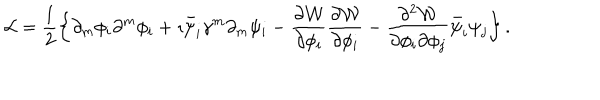
LaTeX: { \cal L } = \frac { 1 } { 2 } \left\{ \partial _ { m } \phi _ { i } \partial ^ { m } \phi _ { i } + \imath \bar { \psi } _ { i } \gamma ^ { m } \partial _ { m } \psi _ { i } - \frac { \partial { \cal W } } { \partial \phi _ { i } } \frac { \partial { \cal W } } { \partial \phi _ { i } } - \frac { \partial ^ { 2 } { \cal W } } { \partial \phi _ { i } \partial \phi _ { j } } \bar { \psi } _ { i } \psi _ { j } \right\} .